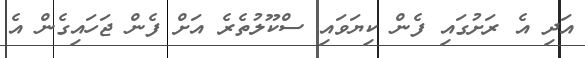
އަދި އެ ރަށުގައި ފެން ކިޔަވައި ސްކޫލުތެރެ އަށް ފެން ޖަހައިގެން އެ